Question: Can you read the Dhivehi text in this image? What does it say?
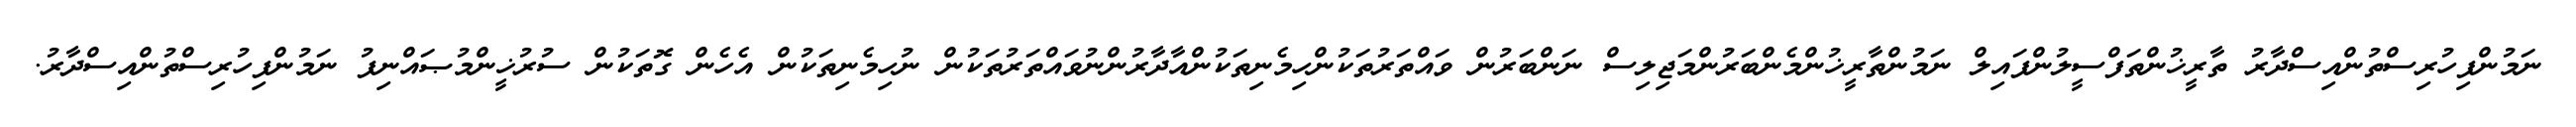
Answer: ނަމުންފިހުރިސްތުންއިސްދާރު ތާރީޚުންތަފްސީލުންފައިލް ނަމުންތާރީޚުންމެންބަރުންމަޖިލިސް ނަންބަރުން ވައްތަރުތަކުންހިމެނިތަކުންއާދާރުންނުވައްތަރުތަކުން ނުހިމެނިތަކުން އެހެން ގޮތަކުން ސުރުޚީންމުޞައްނިފު ނަމުންފިހުރިސްތުންއިސްދާރު.